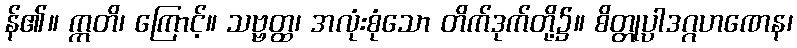
န်၏။ ဣတိ၊ ကြောင့်။ သဗ္ဗတ္ထ၊ အလုံးစုံသော တိက်ဒုက်တို့၌။ စိတ္တုပ္ပါဒဂ္ဂဟဏေန၊